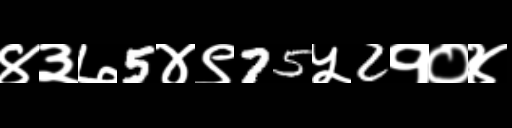
Text: ४३७5४९75५2१०४